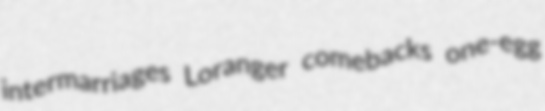
intermarriages Loranger comebacks one-egg